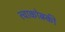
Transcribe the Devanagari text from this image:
त्चाकोव्स्की